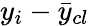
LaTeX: {y}_{i}-\bar{y}_{cl}